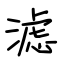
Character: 滤